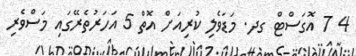
4 7 އޮގަސްޓް ގދ. މަޑަވެލި ކުރިއަށް އޮތް 5 އަހަރުތެރޭގައި މަސްވެރި